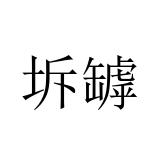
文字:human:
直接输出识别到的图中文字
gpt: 坼罅